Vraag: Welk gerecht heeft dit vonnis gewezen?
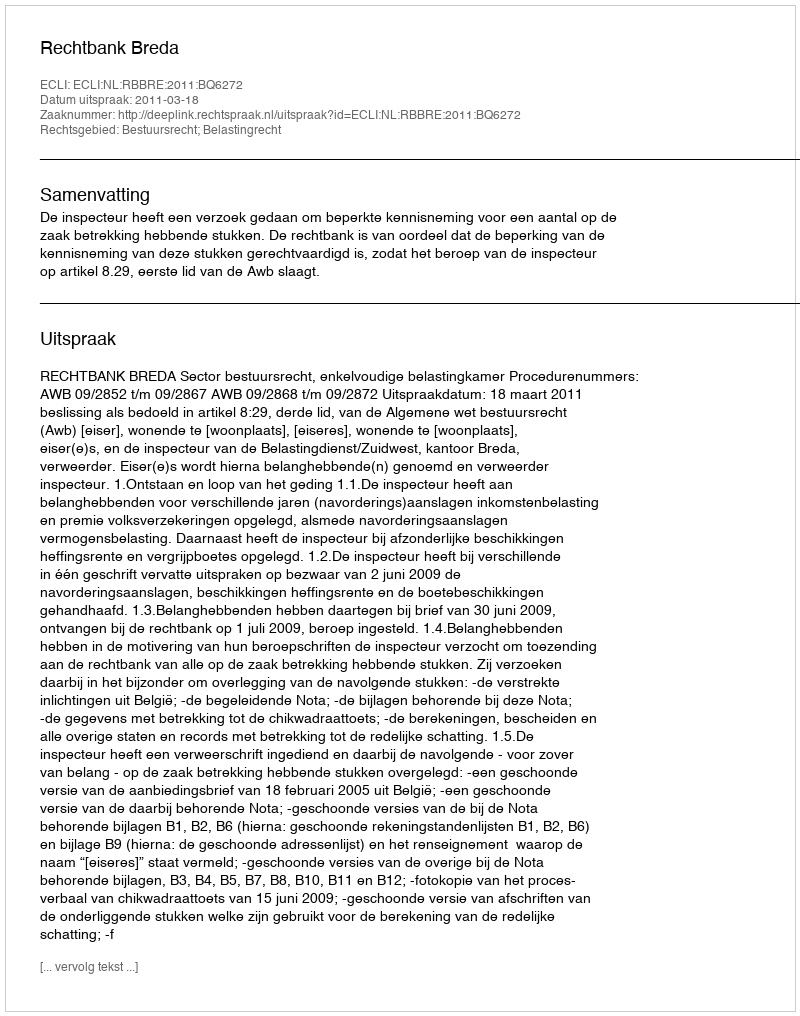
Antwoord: Rechtbank Breda